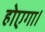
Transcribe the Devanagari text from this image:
होएगा।